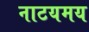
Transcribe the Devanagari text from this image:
नाटयमय